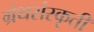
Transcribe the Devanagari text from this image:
ग्रंथसंस्कृती